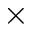
\times